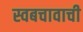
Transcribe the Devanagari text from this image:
स्वबचावाची